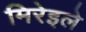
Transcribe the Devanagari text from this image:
मिरेइले